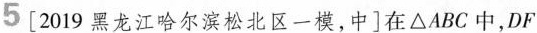
5 [2019 黑龙江哈尔滨松北区一模，中 ]在△ A B C中，D F